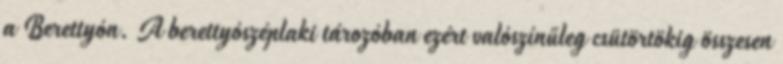
a Berettyón. A berettyószéplaki tározóban ezért valószínűleg csütörtökig összesen